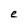
Character: e